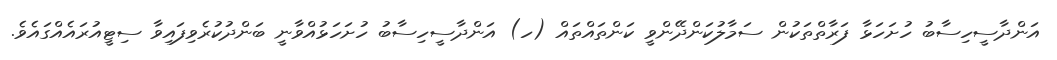
އަންދާސީހިސާބު ހުށަހަޅާ ފަރާތްތަކުން ސަމާލުކަންދޭންވީ ކަންތައްތައް (ހ) އަންދާސީހިސާބު ހުށަހަޅުއްވާނީ ބަންދުކުރެވިފައިވާ ސިޓީއުރައެއްގައެވެ.